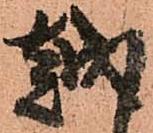
越